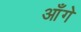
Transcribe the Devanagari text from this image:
आँगे